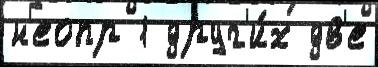
н'еопр 1 друг'и́х дв'е